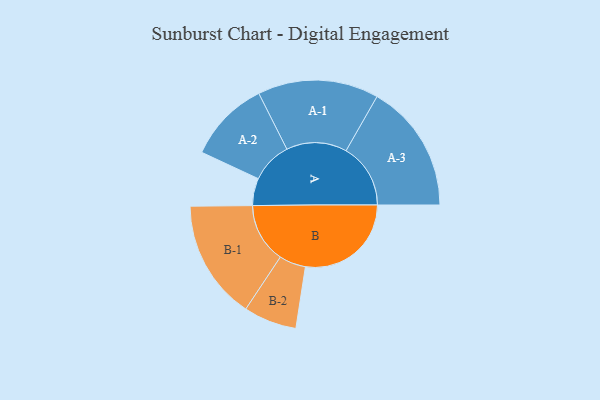
{"axis": {"x": "Segment", "y": "Value"}, "legend": ["", "A", "B"], "data": [{"x": "A", "y": 115, "type": ""}, {"x": "B", "y": 446, "type": ""}, {"x": "A-1", "y": 255, "type": "A"}, {"x": "A-2", "y": 173, "type": "A"}, {"x": "A-3", "y": 272, "type": "A"}, {"x": "B-1", "y": 252, "type": "B"}, {"x": "B-2", "y": 112, "type": "B"}]}